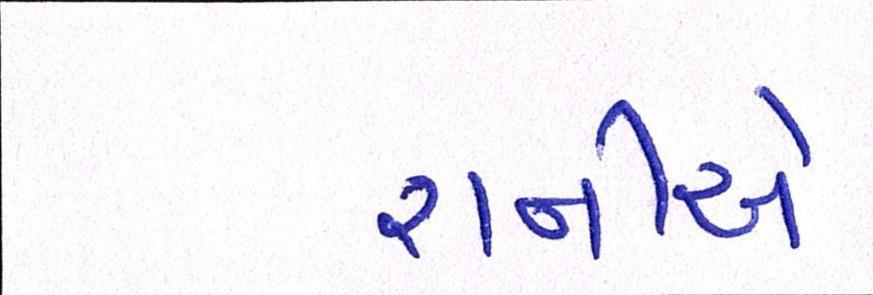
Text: રાનીએ